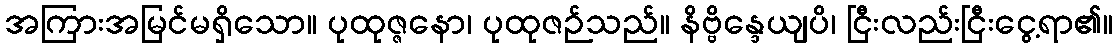
အကြားအမြင်မရှိသော။ ပုထုဇ္ဇနော၊ ပုထုဇဉ်သည်။ နိဗ္ဗိန္ဒေယျပိ၊ ငြီးလည်းငြီးငွေ့ရာ၏။